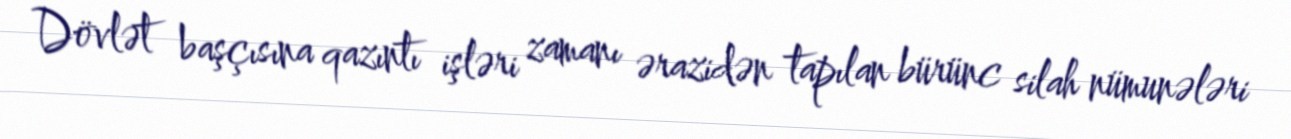
Dövlət başçısına qazıntı işləri zamanı ərazidən tapılan bürünc silah nümunələri